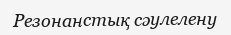
Резонанстық сәулелену